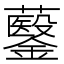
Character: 𮣡